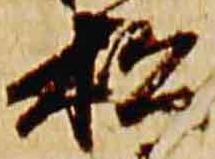
松